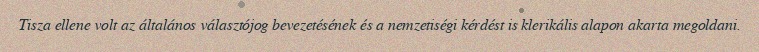
Tisza ellene volt az általános választójog bevezetésének és a nemzetiségi kérdést is klerikális alapon akarta megoldani.